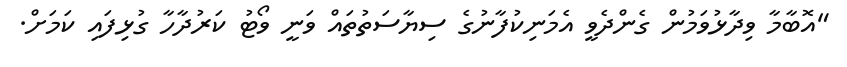
"އޮބާމާ ވިދާޅުވަމުން ގެންދެވީ އެމަނިކުފާނުގެ ސިޔާސަތުތައް ވަނީ ވޯޓު ކަރުދާހާ ގުޅިފައި ކަމަށް.